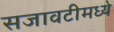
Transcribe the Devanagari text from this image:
सजावटीमध्ये